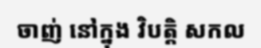
ចាញ់ នៅក្នុង វិបត្តិ សកល